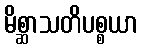
မိစ္ဆာသတိပစ္စယာ